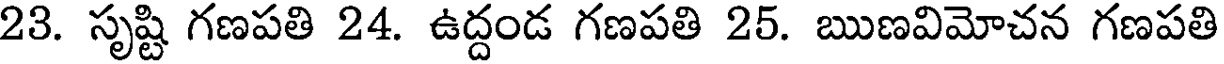
23. సృష్టి గణపతి 24. ఉద్దండ గణపతి 25. ఋణవిమోచన గణపతి